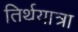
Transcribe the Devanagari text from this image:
तिर्थयात्रा